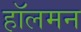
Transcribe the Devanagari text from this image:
हॉलमन